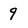
Character: 9